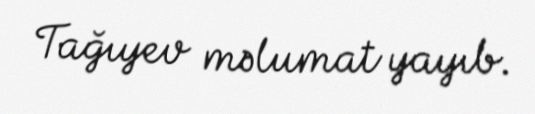
Tağıyev məlumat yayıb.